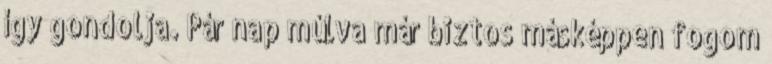
így gondolja. Pár nap múlva már biztos másképpen fogom